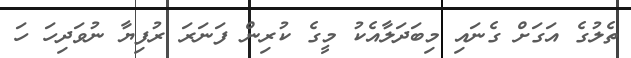
ތެލުގެ އަގަށް ގެނައި މިބަދަލާއެކު މީގެ ކުރިން ފަނަރަ ރުފިޔާ ނުވަދިހަ ހަ